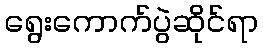
ရွေးကောက်ပွဲဆိုင်ရာ